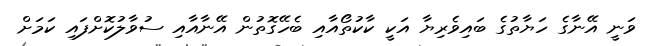
ވަނީ އޭނާގެ ހަޔާތުގެ ބައިވެރިޔާ އަކީ ކާކުތޯއާއި ބެހޭގޮތުން އޭނާއާއި ސުވާލުކޮށްފައި ކަމަށް